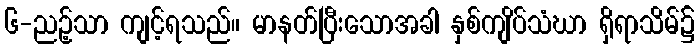
၆-ညဉ့်သာ ကျင့်ရသည်။ မာနတ်ပြီးသောအခါ နှစ်ကျိပ်သံဃာ ရှိရာသိမ်၌